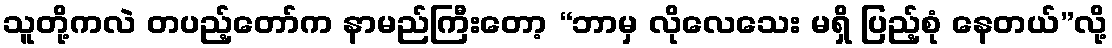
သူတို့ကလဲ တပည့်တော်က နာမည်ကြီးတော့ “ဘာမှ လိုလေသေး မရှိ ပြည့်စုံ နေတယ်”လို့